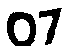
07